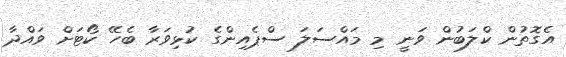
އެގޮތުން ކްލަބުން ވަނީ މި މައްސަލަ ސްޕެއިންގެ ކުޅިވަރާ ބެހޭ ކޯޓަށް ވައްދާ